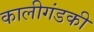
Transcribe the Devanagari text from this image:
कालीगंडकी